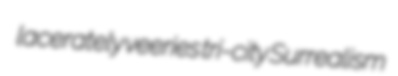
lacerately veeries tri-city Surrealism